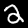
Label: 2